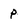
Character: p